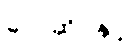
လေဆိပ်နှင့်